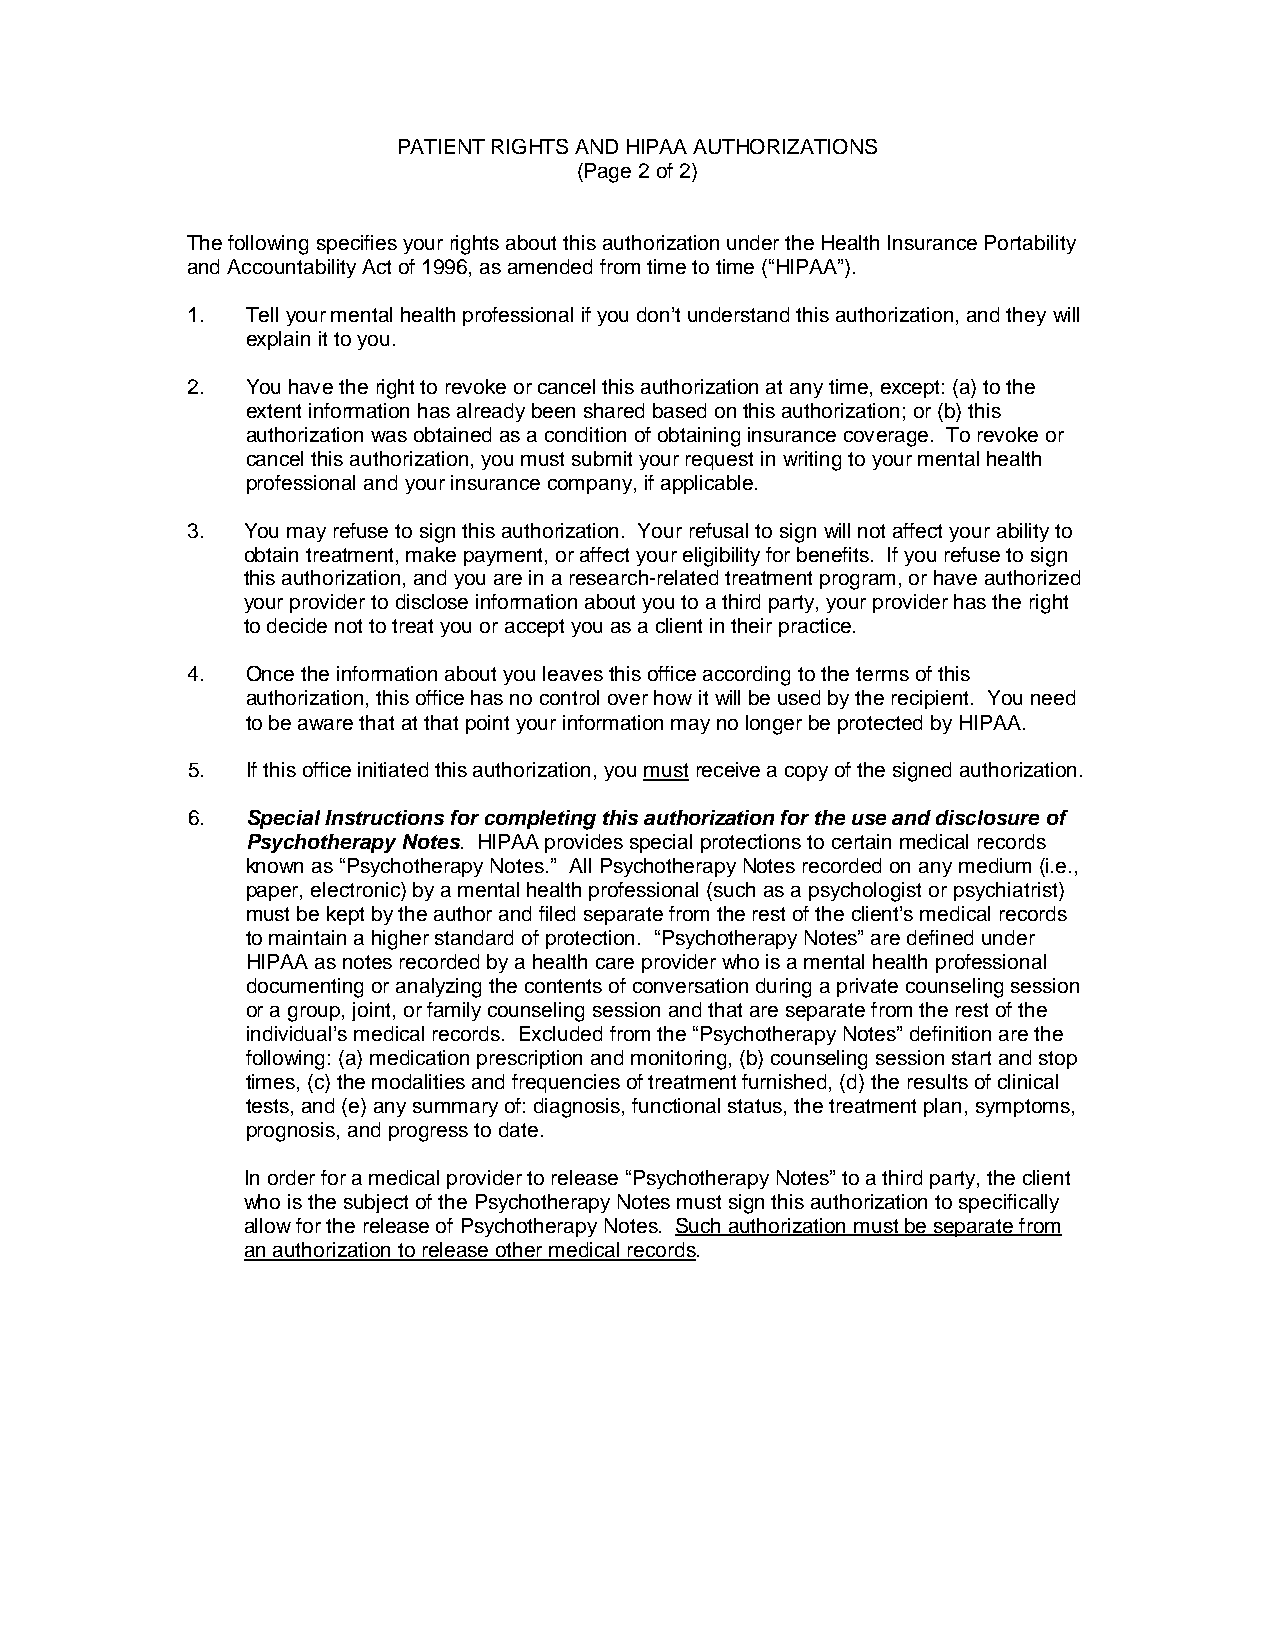
PATIENT RIGHTS AND HIPAA AUTHORIZATIONS
 (Page 2 of 2)
 The following specifies your rights about this authorization under the Health Insurance Portability
 and Accountability Act of 1996, as amended from time to time (“HIPAA”).
 1.  Tell your mental health professional if you don’t understand this authorization, and they will
 explain it to you.
 2.  You have the right to revoke or cancel this authorization at any time, except: (a) to the
 extent information has already been shared based on this authorization; or (b) this
 authorization was obtained as a condition of obtaining insurance coverage. To revoke or
 cancel this authorization, you must submit your request in writing to your mental health
 professional and your insurance company, if applicable.
 3.  You may refuse to sign this authorization. Your refusal to sign will not affect your ability to
 obtain treatment, make payment, or affect your eligibility for benefits. If you refuse to sign
 this authorization, and you are in a research-related treatment program, or have authorized
 your provider to disclose information about you to a third party, your provider has the right
 to decide not to treat you or accept you as a client in their practice.
 4.  Once the information about you leaves this office according to the terms of this
 authorization, this office has no control over how it will be used by the recipient. You need
 to be aware that at that point your information may no longer be protected by HIPAA.
 5.  If this office initiated this authorization, you must receive a copy of the signed authorization.
 6.  Special Instructions for completing this authorization for the use and disclosure of
 Psychotherapy Notes. HIPAA provides special protections to certain medical records
 known as “Psychotherapy Notes.” All Psychotherapy Notes recorded on any medium (i.e.,
 paper, electronic) by a mental health professional (such as a psychologist or psychiatrist)
 must be kept by the author and filed separate from the rest of the client’s medical records
 to maintain a higher standard of protection. “Psychotherapy Notes” are defined under
 HIPAA as notes recorded by a health care provider who is a mental health professional
 documenting or analyzing the contents of conversation during a private counseling session
 or a group, joint, or family counseling session and that are separate from the rest of the
 individual’s medical records. Excluded from the “Psychotherapy Notes” definition are the
 following: (a) medication prescription and monitoring, (b) counseling session start and stop
 times, (c) the modalities and frequencies of treatment furnished, (d) the results of clinical
 tests, and (e) any summary of: diagnosis, functional status, the treatment plan, symptoms,
 prognosis, and progress to date.
 In order for a medical provider to release “Psychotherapy Notes” to a third party, the client
 who is the subject of the Psychotherapy Notes must sign this authorization to specifically
 allow for the release of Psychotherapy Notes. Such authorization must be separate from
 an authorization to release other medical records.